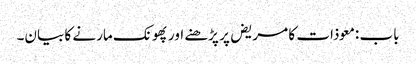
باب : معوذات کا مریض پر پڑھنے اور پھونک مارنے کا بیان۔